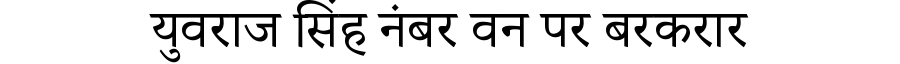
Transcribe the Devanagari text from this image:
युवराज सिंह नंबर वन पर बरकरार